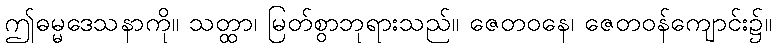
ဤဓမ္မဒေသနာကို။ သတ္ထာ၊ မြတ်စွာဘုရားသည်။ ဇေတဝနေ၊ ဇေတဝန်ကျောင်း၌။